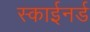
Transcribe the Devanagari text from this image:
स्काईनर्ड